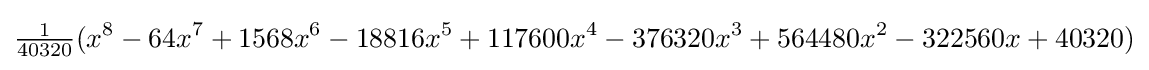
{\tfrac {1}{40320}}(x^{8}-64x^{7}+1568x^{6}-18816x^{5}+117600x^{4}-376320x^{3}+564480x^{2}-322560x+40320)